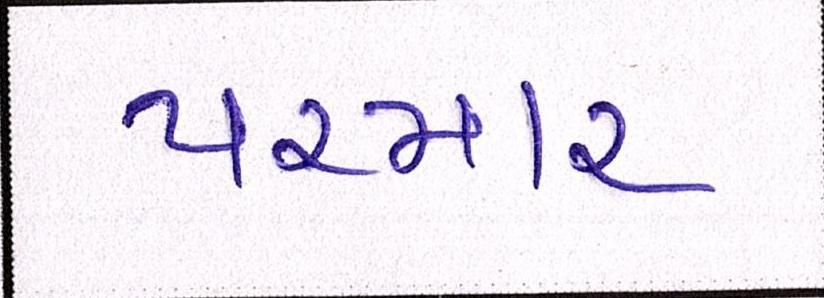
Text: પરમાર